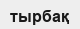
тырбақ